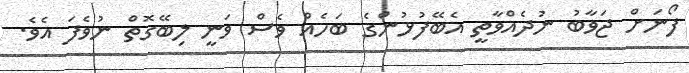
ފޯނަށް ޖަވާބު ނުދެއްވާތީ އެބޭފުޅުންގެ ބަހެއް ވެސް ވަނީ ލިބޭގޮތް ނުވެފަ އެވެ.